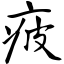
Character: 疲